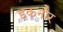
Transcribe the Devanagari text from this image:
इकनौर